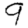
Digit: 9